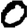
Digit: 0